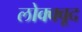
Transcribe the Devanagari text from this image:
लोक्क्वूद